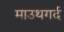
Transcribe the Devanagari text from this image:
माउथगर्द